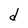
Character: d